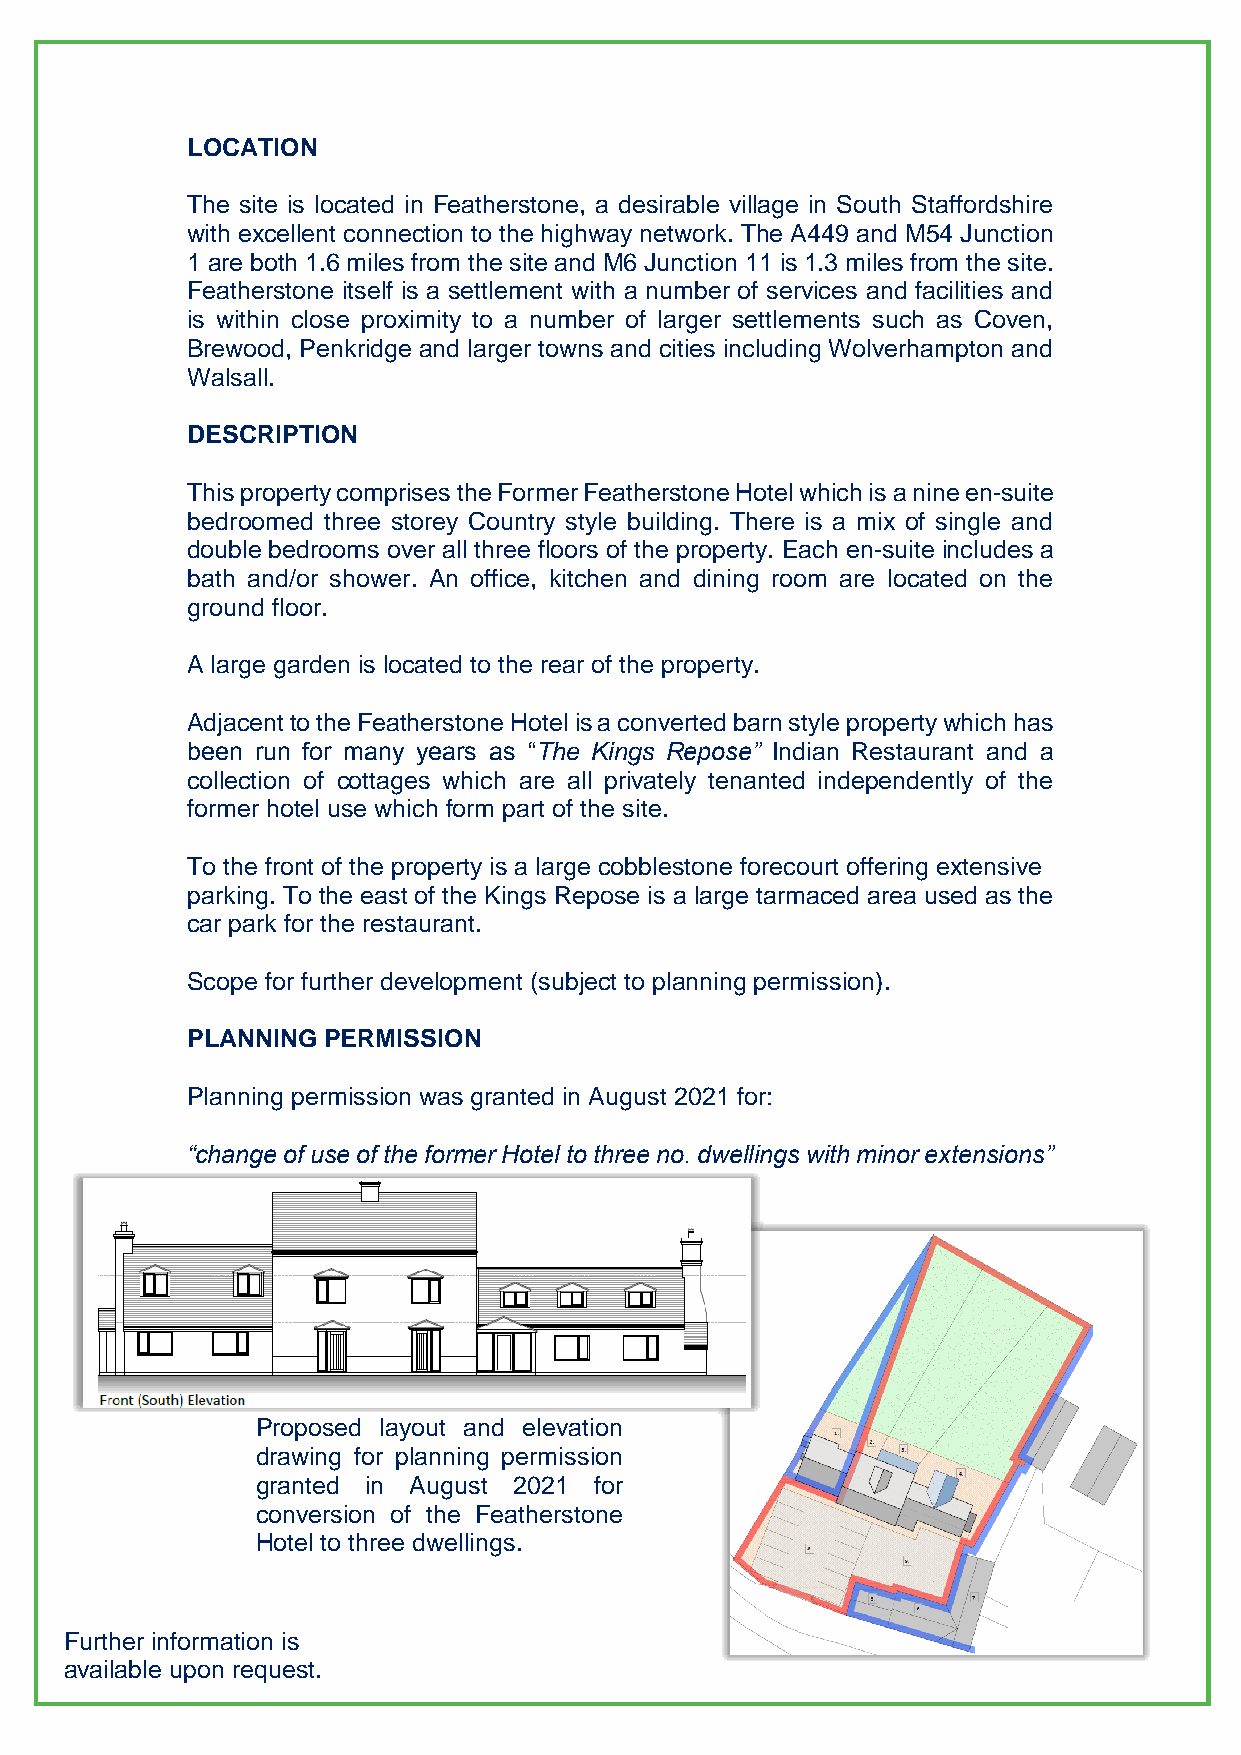
LOCATION
 The site is located in Featherstone, a desirable village in South Staffordshire
 with excellent connection to the highway network. The A449 and M54 Junction
 1 are both 1.6 miles from the site and M6 Junction 11 is 1.3 miles from the site.
 Featherstone itself is a settlement with a number of services and facilities and
 is within close proximity to a number of larger settlements such as Coven,
 Brewood, Penkridge and larger towns and cities including Wolverhampton and
 Walsall.
 DESCRIPTION
 This property comprises the Former Featherstone Hotel which is a nine en-suite
 bedroomed three storey Country style building. There is a mix of single and
 double bedrooms over all three floors of the property. Each en-suite includes a
 bath and/or shower. An office, kitchen and dining room are located on the
 ground floor.
 A large garden is located to the rear of the property.
 Adjacent to the Featherstone Hotel is a converted barn style property which has
 been run for many years as “The Kings Repose” Indian Restaurant and a
 collection of cottages which are all privately tenanted independently of the
 former hotel use which form part of the site.
 To the front of the property is a large cobblestone forecourt offering extensive
 parking. To the east of the Kings Repose is a large tarmaced area used as the
 car park for the restaurant.
 Scope for further development (subject to planning permission).
 PLANNING PERMISSION
 Planning permission was granted in August 2021 for:
 “change of use of the former Hotel to three no. dwellings with minor extensions”
 Proposed layout and elevation
 drawing for planning permission
 granted in August 2021 for
 conversion of the Featherstone
 Hotel to three dwellings.
 Further information is
 available upon request.